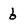
Character: 6